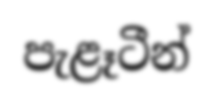
පැළෑටීන්